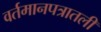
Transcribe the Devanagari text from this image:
वर्तमानपत्रातली